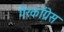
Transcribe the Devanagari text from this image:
गैरकॉग्रेस